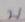
บ